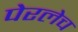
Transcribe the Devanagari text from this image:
पेरलेच